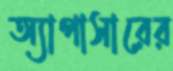
অ্যাপাসারের